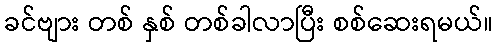
ခင်ဗျား တစ် နှစ် တစ်ခါလာပြီး စစ်ဆေးရမယ်။